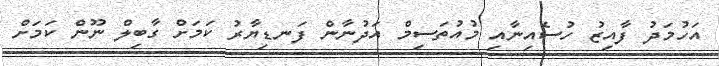
އަހުމަދު ފާއިޒު ހުސެއިނާއި މުއުތަސިމް އަދުނާން ފަނޑިޔާރު ކަމަށް ގާބިލް ނޫން ކަމަށް